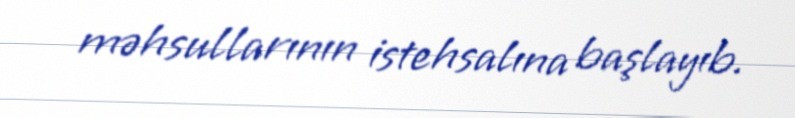
məhsullarının istehsalına başlayıb.